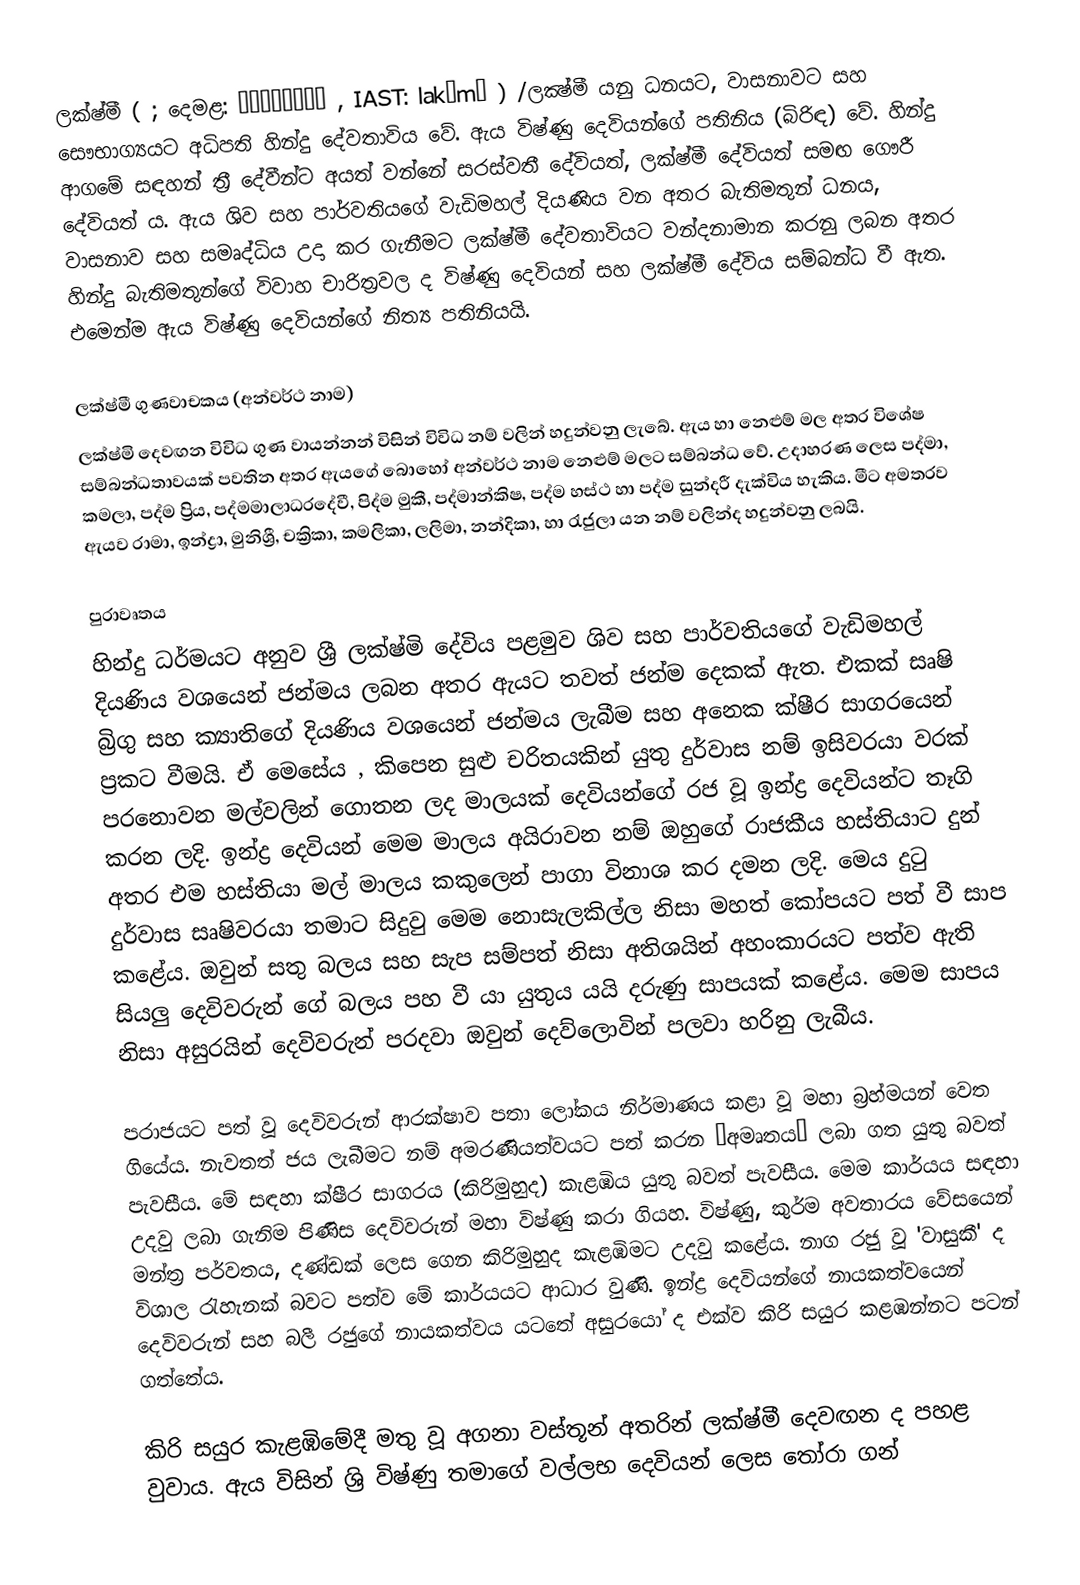
ලක්ෂ්මී  ( ; දෙමළ: இலட்சுமி , IAST: lakṣmī ) /ලක්‍ෂ්මී යනු ධනයට, වාසනාවට සහ සෞභාග්‍යයට අධිපති හින්දු දේවතාවිය වේ. ඇය විෂ්ණු දෙවියන්ගේ පතිනිය (බිරිඳ) වේ. හින්දු ආගමේ සඳහන් ත්‍රී දේවීන්ට අයත් වන්නේ සරස්වතී දේවියත්, ලක්ෂ්මී දේවියත් සමඟ ගෞරී දේවියත් ය. ඇය ශිව සහ පාර්වතියගේ වැඩිමහල් දියණිය වන අතර  බැතිමතුන් ධනය, වාසනාව සහ සමෘද්ධිය උදා කර ගැනීමට ලක්ෂ්මී දේවතාවියට වන්දනාමාන කරනු ලබන අතර හින්දු බැතිමතුන්ගේ විවාහ චාරිත්‍රවල ද විෂ්ණු දෙවියන් සහ ලක්ෂ්මී දේවිය සම්බන්ධ වී ඇත. එමෙන්ම ඇය විෂ්ණු දෙවියන්ගේ නිත්‍ය පතිනියයි.

ලක්ෂ්මී ගුණවාචකය (අන්වර්ථ නාම)
ලක්ෂ්මි දෙවඟන විවිධ ගුණ වායන්නන් විසින් විවිධ නම් වලින් හදුන්වනු ලැබේ. ඇය හා නෙළුම් මල අතර විශේෂ සම්බන්ධතාවයක් පවතින අතර ඇයගේ බොහෝ අන්වර්ථ නාම නෙළුම් මලට සම්බන්ධ වේ. උදාහරණ ලෙස පද්මා, කමලා, පද්ම ප්‍රිය, පද්මමාලාධරදේවී, පිද්ම මුකී, පද්මාන්කිෂ, පද්ම හස්ථ හා පද්ම සුන්දරී දැක්විය හැකිය. මීට අමතරව ඇයව රාමා, ඉන්ද්‍රා, මුනිශ්‍රී, චක්‍රිකා, කමලිකා, ලලිමා, නන්දිකා, හා රැජුලා යන නම් වලින්ද හදුන්වනු ලබයි.

පුරාවෘතය
හින්දු ධර්මයට අනුව ශ්‍රී ලක්ෂ්මි දේවිය පළමුව ශිව සහ පාර්වතියගේ වැඩිමහල් දියණිය වශයෙන් ජන්මය ලබන අතර ඇයට තවත් ජන්ම දෙකක් ඇත. එකක් සෘෂි බ්‍රිගු සහ ක්‍යාතිගේ දියණිය වශයෙන් ජන්මය ලැබීම සහ අනෙක ක්ෂීර සාගරයෙන් ප්‍රකට වීමයි. ඒ මෙසේය , කිපෙන සුළු චරිතයකින් යුතු දුර්වාස නම් ඉසිවරයා වරක් පරනොවන මල්වලින් ගොතන ලද මාලයක් දෙවියන්ගේ රජ වූ ඉන්ද්‍ර දෙවියන්ට තෑගි කරන ලදි. ඉන්ද්‍ර දෙවියන් මෙම මාලය අයිරාවන නම් ඔහුගේ රාජකීය හස්තියාට දුන් අතර එම හස්තියා මල් මාලය කකුලෙන් පාගා විනාශ කර දමන ලදි. මෙය දුටු දුර්වාස සෘෂිවරයා තමාට සිදුවු මෙම නොසැලකිල්ල නිසා මහත් ‍කෝපයට පත් වී සාප කළේය. ඔවුන් සතු බලය සහ සැප සම්පත් නිසා අතිශයින් අහංකාරයට  පත්ව  ඇති සියලු දෙවිවරුන් ගේ බලය පහ වී යා යුතුය යයි දරුණු සාපයක් කළේය. මෙම සාපය නිසා අසුරයින් දෙවිවරුන් පරදවා ඔවුන් දෙව්ලොවින් පලවා හරිනු ලැබීය.

පරාජයට පත් ‍වූ දෙවිවරුන් ආරක්ෂාව පතා ලෝකය නිර්මාණය කළා වූ මහා බ්‍රහ්මයන් වෙත ගියේය. නැවතත් ජය ලැබීමට නම් අමරණියත්වයට පත් කරන “අමෘතය” ලබා ගත යුතු බවත් පැවසීය. මේ සඳහා ක්ෂීර සාගරය  (කිරිමුහුද) කැළඹිය යුතු බවත් පැවසීය. මෙම කාර්යය සඳහා උදවු ලබා ගැනිම පිණිස දෙවිවරුන් මහා විෂ්ණු කරා ගියහ.  විෂ්ණු, කුර්ම අවතාරය වේසයෙන් මන්ත්‍ර පර්වතය,  දණ්ඩක් ලෙස ගෙන කිරිමුහුද කැළඹිමට උදවු කළේය. නාග රජු වූ 'වාසුකී' ද  විශාල රැහැනක් බවට පත්ව මේ කාර්යයට ආධාර වුණි. ඉන්ද්‍ර දෙවියන්ගේ නායකත්වයෙන් දෙවිවරුන් සහ බලී රජුගේ නායකත්වය යටතේ අසුරයෝ ද එක්ව කිරි සයුර කළඹන්නට පටන් ගත්තේය.

කිරි සයුර  කැළඹිමේදී මතු වූ අගනා වස්තූන් අතරින් ලක්ෂ්මී දෙවඟන ද පහළ වුවාය. ඇය විසින් ශ්‍රි විෂ්ණු තමාගේ වල්ලභ දෙවියන් ලෙස තෝරා ගන්